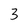
Character: 3